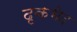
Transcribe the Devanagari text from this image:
दृकभेद